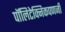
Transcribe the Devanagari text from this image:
पॉलिटेक्निकपणजी